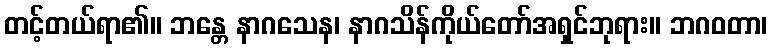
တင့်တယ်ရာ၏။ ဘန္တေ နာဂသေန၊ နာဂသိန်ကိုယ်တော်အရှင်ဘုရား။ ဘဂဝတာ၊